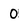
Character: 0